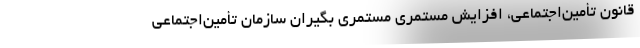
قانون تأمین‌اجتماعی، افزایش مستمری مستمری بگیران سازمان تأمین‌اجتماعی